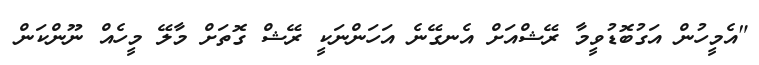
"އެމީހުން އަގުބޮޑުވީމާ ރޭޝްއަށް އެނގޭނެ އަހަންނަކީ ރޭޝް ގޮތަށް މާލޭ މީހެއް ނޫންކަން